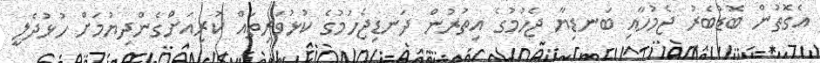
އެގޮތުން ބޮޑުބެރު ޖެމުހާއި ބަނޑިޔާ ޖެހުމުގެ އިތުރުން ދަނޑިޖެހުމުގެ ކުޅުވަރިތައް ކުރިއަށްގެންދިޔުމަށް ހުޅުދެލީ